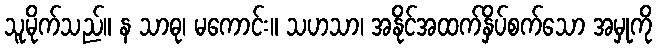
သူမိုက်သည်။ န သာဓု၊ မကောင်း။ သဟသာ၊ အနိုင်အထက်နှိပ်စက်သော အမှုကို